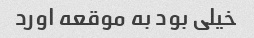
خیلی بود به موقعه اورد